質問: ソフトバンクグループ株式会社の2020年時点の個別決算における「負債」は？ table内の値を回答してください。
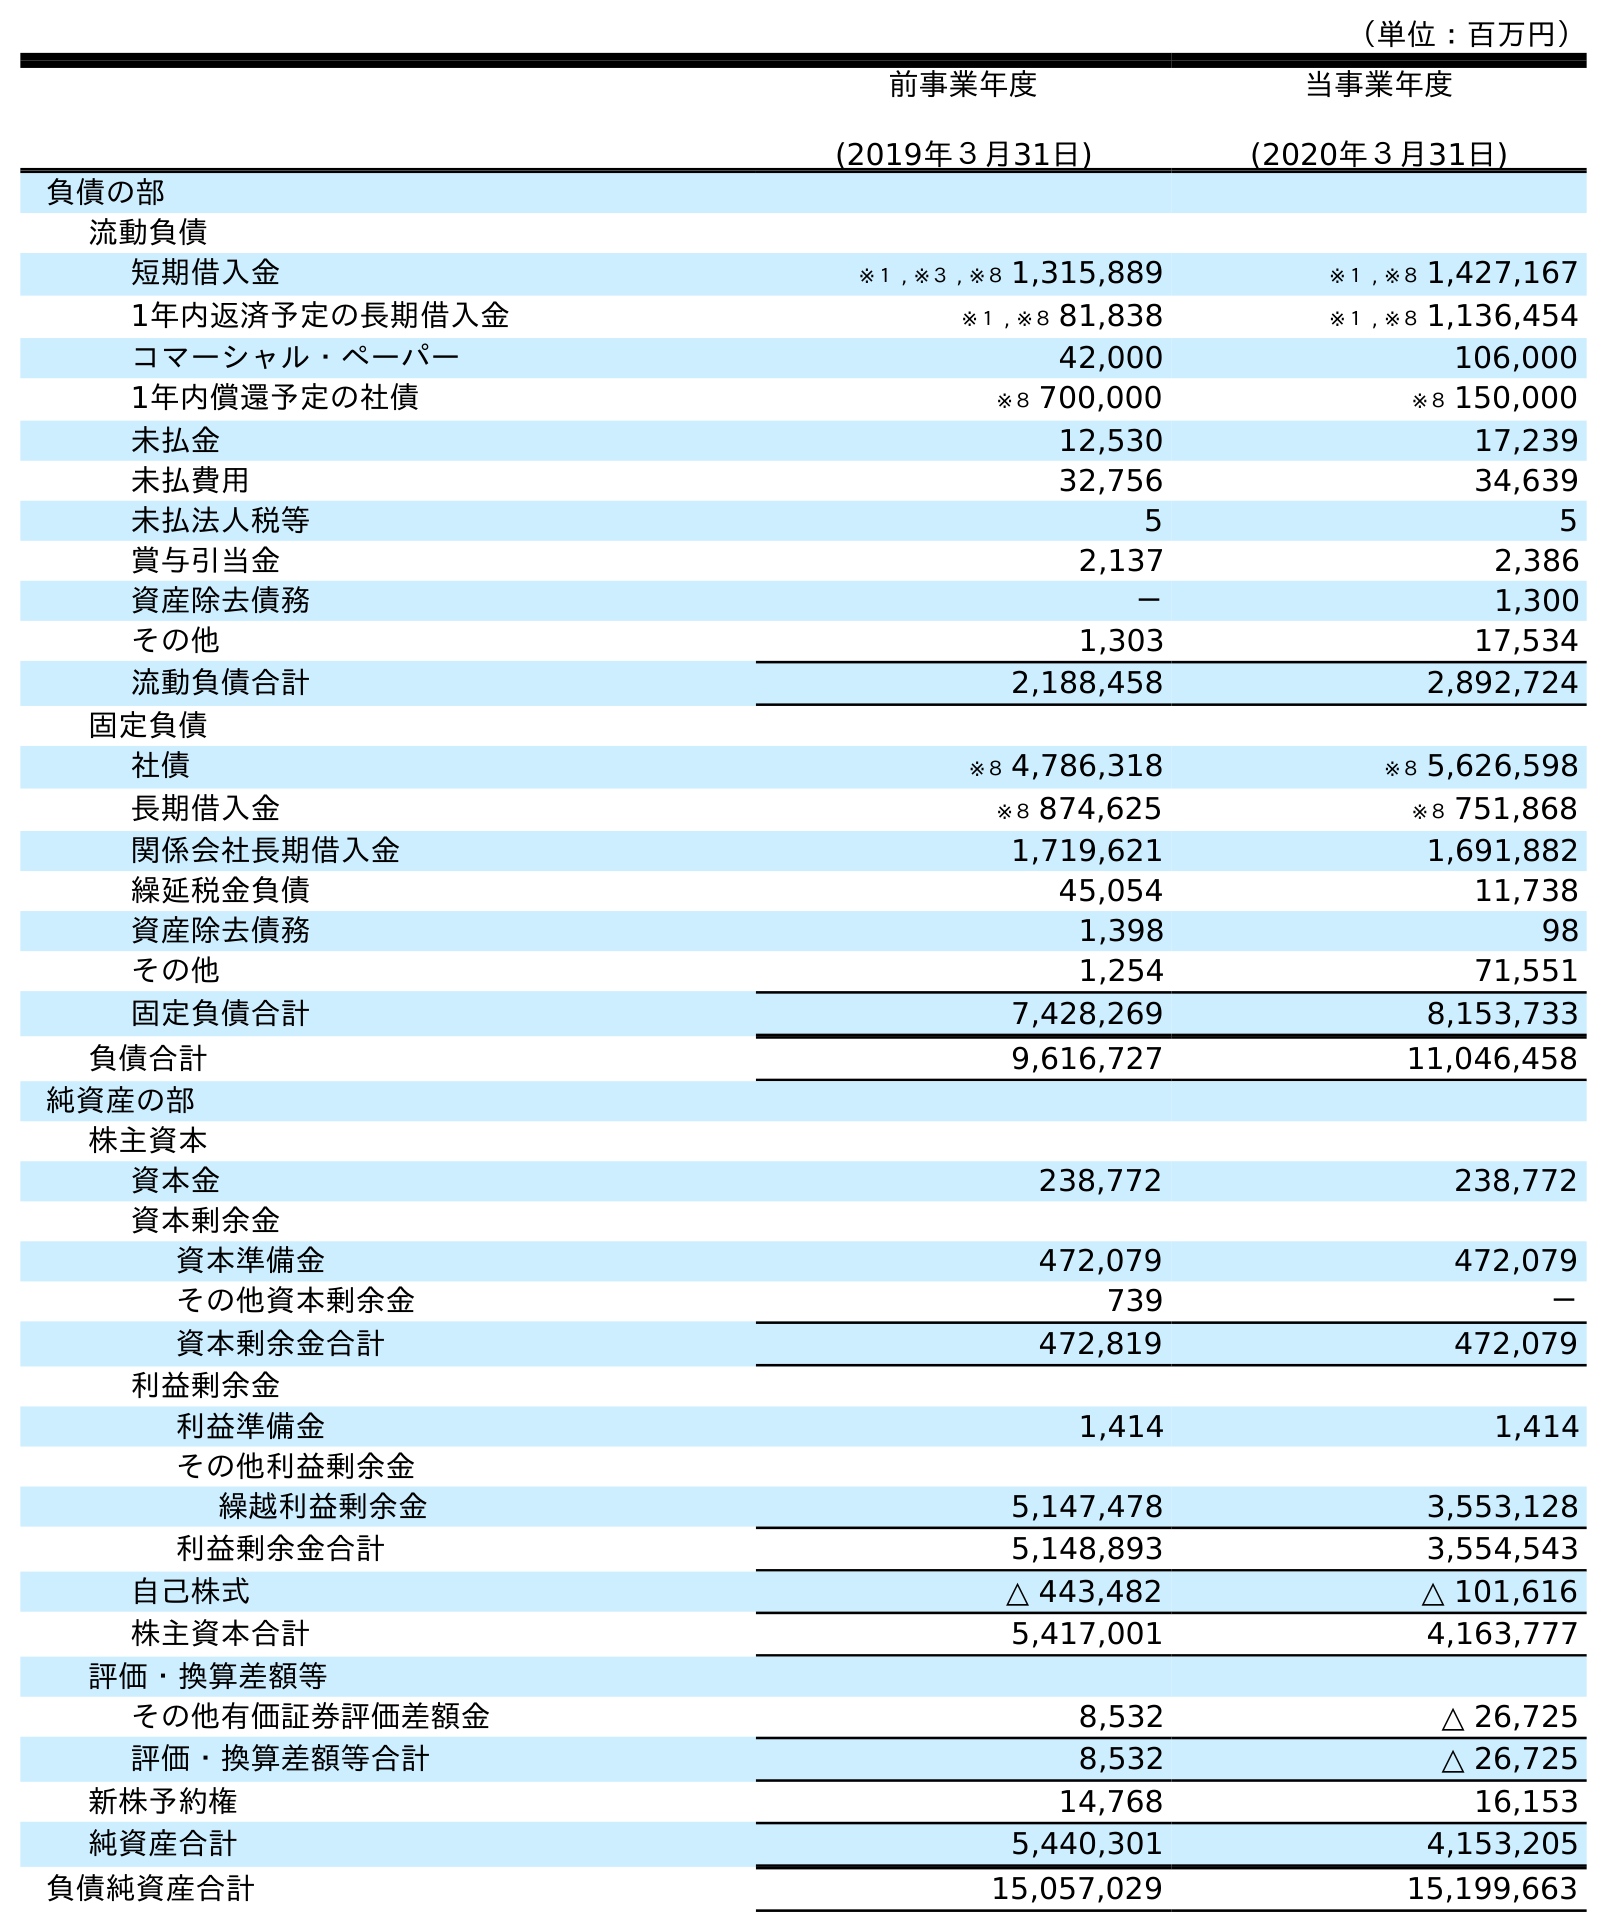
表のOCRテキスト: （単位：百万円） 前事業年度 (2019年３月31日) 当事業年度 (2020年３月31日) 負債の部 流動負債 短期借入金 ※１ , ※３ , ※８ 1,315,889 ※１ , ※８ 1,427,167 1年内返済予定の長期借入金 ※１ , ※８ 81,838 ※１ , ※８ 1,136,454 コマーシャル・ペーパー 42,000 106,000 1年内償還予定の社債 ※８ 700,000 ※８ 150,000 未払金 12,530 17,239 未払費用 32,756 34,639 未払法人税等 5 5 賞与引当金 2,137 2,386 資産除去債務 － 1,300 その他 1,303 17,534 流動負債合計 2,188,458 2,892,724 固定負債 社債 ※８ 4,786,318 ※８ 5,626,598 長期借入金 ※８ 874,625 ※８ 751,868 関係会社長期借入金 1,719,621 1,691,882 繰延税金負債 45,054 11,738 資産除去債務 1,398 98 その他 1,254 71,551 固定負債合計 7,428,269 8,153,733 負債合計 9,616,727 11,046,458 純資産の部 株主資本 資本金 238,772 238,772 資本剰余金 資本準備金 472,079 472,079 その他資本剰余金 739 － 資本剰余金合計 472,819 472,079 利益剰余金 利益準備金 1,414 1,414 その他利益剰余金 繰越利益剰余金 5,147,478 3,553,128 利益剰余金合計 5,148,893 3,554,543 自己株式 △ 443,482 △ 101,616 株主資本合計 5,417,001 4,163,777 評価・換算差額等 その他有価証券評価差額金 8,532 △ 26,725 評価・換算差額等合計 8,532 △ 26,725 新株予約権 14,768 16,153 純資産合計 5,440,301 4,153,205 負債純資産合計 15,057,029 15,199,663
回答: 11,046,458